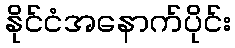
နိုင်ငံအနောက်ပိုင်း